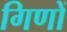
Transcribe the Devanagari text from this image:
गिणों